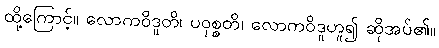
ထို့ကြောင့်။ လောကဝိဒူတိ၊ ပဝုစ္စတိ၊ လောကဝိဒူဟူ၍ ဆိုအပ်၏။